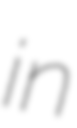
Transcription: in